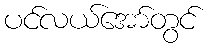
ပင်လယ်အော်တွင်